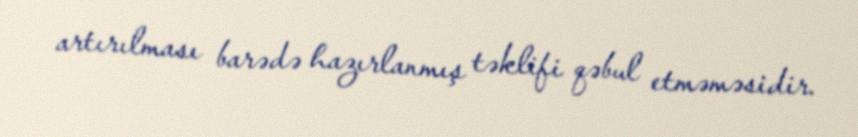
artırılması barədə hazırlanmış təklifi qəbul etməməsidir.